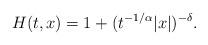
LaTeX: \begin{align*}H(t,x) = 1+ (t^{-1/\alpha}|x|)^{-\delta}.\end{align*}